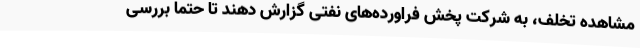
مشاهده تخلف، به شرکت پخش فراورده‌های نفتی گزارش دهند تا حتماً بررسی